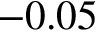
- 0 . 0 5